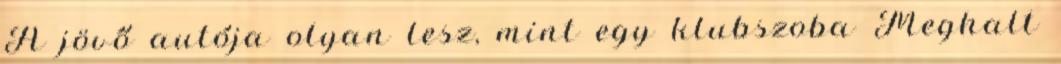
A jövő autója olyan lesz, mint egy klubszoba Meghalt